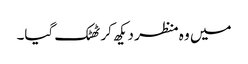
میں وہ منظر دیکھ کر ٹھٹک گیا۔